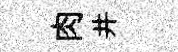
肉井